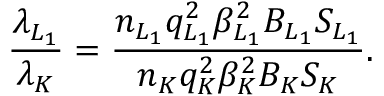
\frac { \lambda _ { L _ { 1 } } } { \lambda _ { K } } = \frac { n _ { L _ { 1 } } q _ { L _ { 1 } } ^ { 2 } \beta _ { L _ { 1 } } ^ { 2 } B _ { L _ { 1 } } S _ { L _ { 1 } } } { n _ { K } q _ { K } ^ { 2 } \beta _ { K } ^ { 2 } B _ { K } S _ { K } } .